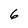
Character: 6